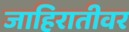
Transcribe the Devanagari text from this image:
जाहिरातीवर